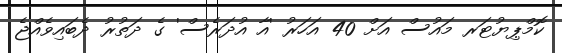
ކޮމްޕިޔުޓަރ މައުސް އަށް 40 އަހަރު 'އާ އުދަރެސް' ގެ ދަތުރު ދެބައިވެއްޖެ